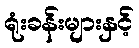
ရုံးခန်းများနှင့်